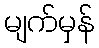
မျက်မှန်